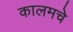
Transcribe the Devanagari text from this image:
कालमचे